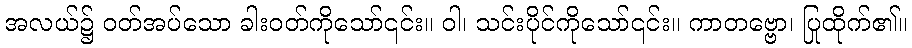
အလယ်၌ ဝတ်အပ်သော ခါးဝတ်ကိုသော်၎င်း။ ဝါ၊ သင်းပိုင်ကိုသော်၎င်း။ ကာတဗ္ဗော၊ ပြုထိုက်၏။